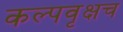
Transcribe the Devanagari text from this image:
कल्पवृक्षच